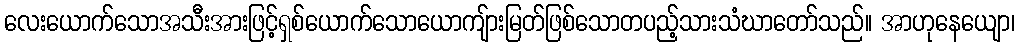
လေးယောက်သောအသီးအားဖြင့်ရှစ်ယောက်သောယောကျ်ားမြတ်ဖြစ်သောတပည့်သားသံဃာတော်သည်။ အာဟုနေယျော၊